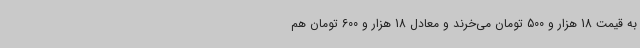
به قیمت 18 هزار و 500 تومان می‌خرند و معادل 18 هزار و 600 تومان هم